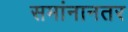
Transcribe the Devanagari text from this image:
समांनानतर